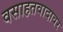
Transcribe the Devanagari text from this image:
वसाहतवादावर